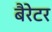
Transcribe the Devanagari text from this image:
बैरेटर